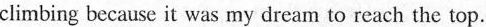
climbing because it was my dream to reach the top.